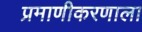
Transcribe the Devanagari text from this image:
प्रमाणीकरणाला